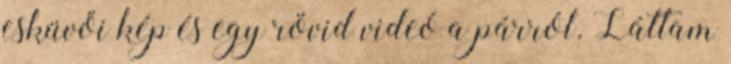
esküvői kép és egy rövid videó a párról. Láttam